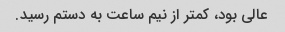
عالی بود، کمتر از نیم ساعت به دستم رسید.